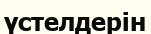
үстелдерін